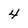
Character: 4